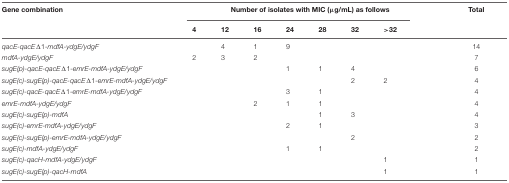
<table><thead><tr><td><b>Gene combination</b></td><td colspan="7"><b>Number of isolates with MIC (μg/mL) as follows</b></td><td><b>Total</b></td></tr><tr><td></td><td><b>4</b></td><td><b>12</b></td><td><b>16</b></td><td><b>24</b></td><td><b>28</b></td><td><b>32</b></td><td><b>&gt;32</b></td><td></td></tr></thead><tbody><tr><td><i>qacE-qacE</i>Δ1<i>-mdfA-ydgE/ydgF</i></td><td></td><td>4</td><td>1</td><td>9</td><td></td><td></td><td></td><td>14</td></tr><tr><td><i>mdfA-ydgE/ydgF</i></td><td>2</td><td>3</td><td>2</td><td></td><td></td><td></td><td></td><td>7</td></tr><tr><td><i>sugE(p)-qacE-qacE</i>Δ1<i>-emrE-mdfA-ydgE/ydgF</i></td><td></td><td></td><td></td><td>1</td><td>1</td><td>4</td><td></td><td>6</td></tr><tr><td><i>sugE(c)-sugE(p)-qacE-qacE</i>Δ1<i>-emrE-mdfA-ydgE/ydgF</i></td><td></td><td></td><td></td><td></td><td></td><td>2</td><td>2</td><td>4</td></tr><tr><td><i>sugE(c)-qacE-qacE</i>Δ1<i>-emrE-mdfA-ydgE/ydgF</i></td><td></td><td></td><td></td><td>3</td><td>1</td><td></td><td></td><td>4</td></tr><tr><td><i>emrE-mdfA-ydgE/ydgF</i></td><td></td><td></td><td>2</td><td>1</td><td>1</td><td></td><td></td><td>4</td></tr><tr><td><i>sugE(c)-sugE(p)-mdfA</i></td><td></td><td></td><td></td><td></td><td>1</td><td>3</td><td></td><td>4</td></tr><tr><td><i>sugE(c)-emrE-mdfA-ydgE/ydgF</i></td><td></td><td></td><td></td><td>2</td><td>1</td><td></td><td></td><td>3</td></tr><tr><td><i>sugE(c)-sugE(p)-emrE-mdfA-ydgE/ydgF</i></td><td></td><td></td><td></td><td></td><td></td><td>2</td><td></td><td>2</td></tr><tr><td><i>sugE(c)-mdfA-ydgE/ydgF</i></td><td></td><td></td><td></td><td>1</td><td>1</td><td></td><td></td><td>2</td></tr><tr><td><i>sugE(c)-qacH-mdfA-ydgE/ydgF</i></td><td></td><td></td><td></td><td></td><td></td><td></td><td>1</td><td>1</td></tr><tr><td><i>sugE(c)-sugE(p)-qacH-mdfA</i></td><td></td><td></td><td></td><td></td><td></td><td></td><td>1</td><td>1</td></tr></tbody></table>